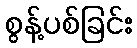
စွန့်ပစ်ခြင်း